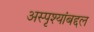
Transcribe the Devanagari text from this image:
अस्पृश्यांबद्दल